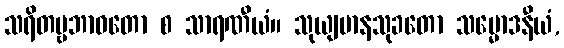
သရိတဗ္ဗဘာဝတော စ သာရဏီယံ။ သုယျမာနသုခတော သမ္မောဒနီယံ,